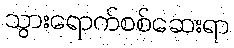
သွားရောက်စစ်ဆေးရာ